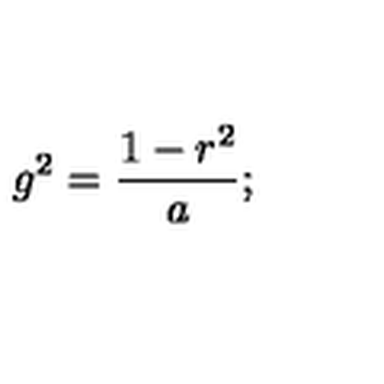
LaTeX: g ^ { 2 } = { \frac { 1 - r ^ { 2 } } { a } } ;